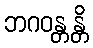
ဘဂဝန္တန္တိ